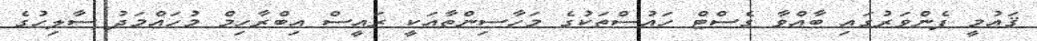
ޤައުމީ ފެންވަރުގައި ބާއްވާ ގެސްޓް ހައުސްތަކުގެ މަހާސިންތާއަކީ ރައީސް އިބްރާހިމް މުހައްމަދު ސާލިހުގެ